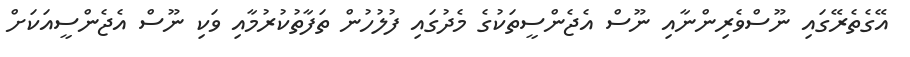
އޭގެތެރޭގައި ނޫސްވެރިންނާއި ނޫސް އެޖެންސީތަކުގެ މެދުގައި ފުލުހުން ތަފާތުކުރުމާއި ވަކި ނޫސް އެޖެންސީއަކަށް